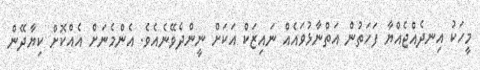
މީހަކު އިނދެއްޖެއްޔާ ފަހަތުން އަތްނާޅުވައެއް ނައިޒަކް އަކަށް ނީންދެވޭނެއެވެ. އެންމެނަށް އެއްކޮށް ކިޔާދޭން